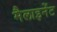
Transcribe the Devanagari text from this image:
मैलाइनेंट